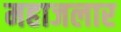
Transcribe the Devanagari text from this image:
महाजलार